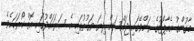
މާގުންގު އެއާޕޯޓުގެ ރަންވޭގައި ޖައްސަން ދިޔަ ވަގުތުގައި އެ ސަރަހައްދުގައި އޮތް ކޯރަކަށެވެ.